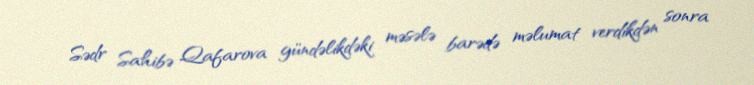
Sədr Sahibə Qafarova gündəlikdəki məsələ barədə məlumat verdikdən sonra